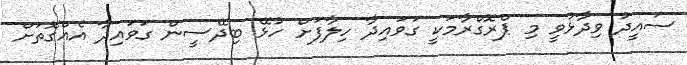
ސައީދު ވިދާޅުވީ މި ޕްރޮގްރާމަކީ ގަވައިދާ ހިލާފަށް ހުޅޭ ބިދޭސީން ގަވައިދާ އެއްގޮތަށް